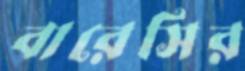
বারেসির